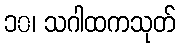
၁၀၊ သဂါထကသုတ်